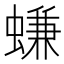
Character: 螊